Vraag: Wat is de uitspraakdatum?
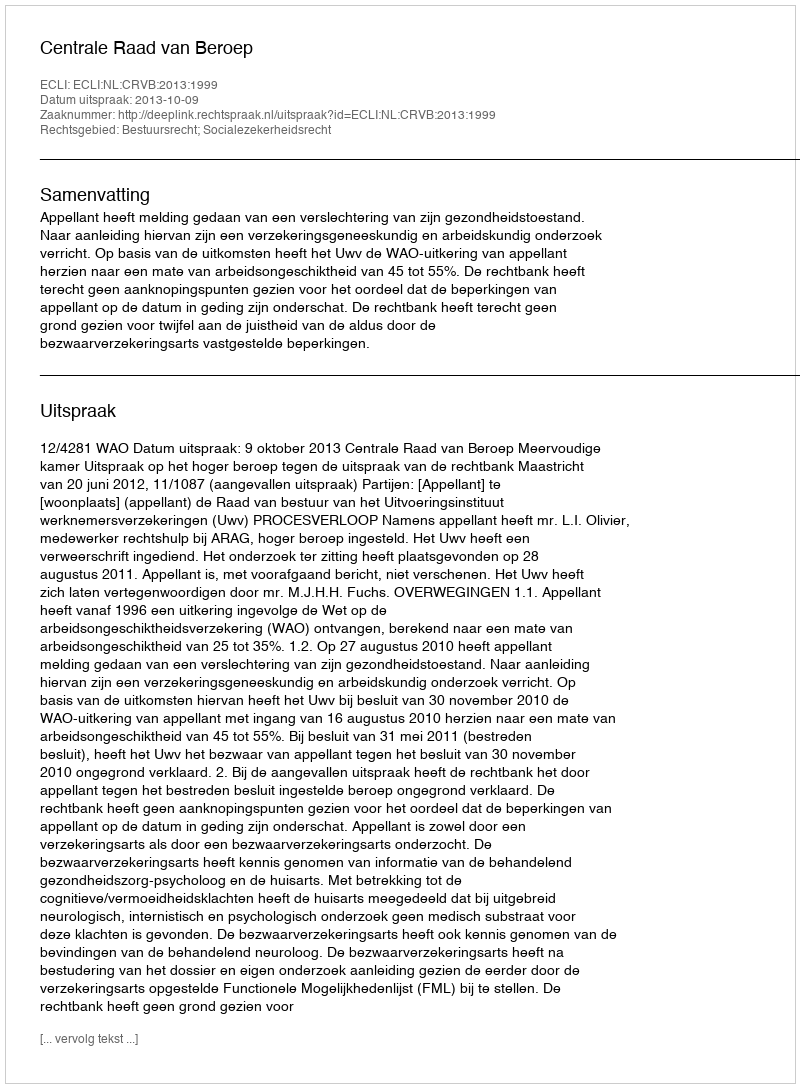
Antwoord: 2013-10-09